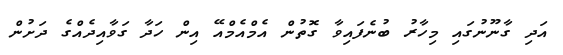
އަދި ގާނޫނުގައި މިހާރު ބުނެފައިވާ ގޮތުން އެމްއެމްއޭ އިން ހަދާ ގަވާއިދެއްގެ ދަށުން